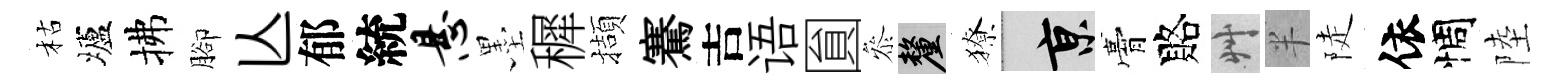
枯壚拂腳亾郁統悬墨穉擷騫吉语圎叅厘獠京膏賂艸半陡依惆陸